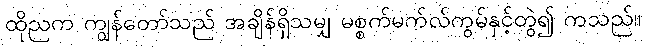
ထိုညက ကျွန်တော်သည် အချိန်ရှိသမျှ မစ္စက်မက်လ်ကွမ်နှင့်တွဲ၍ ကသည်။